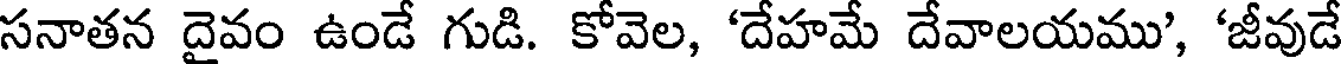
సనాతన దైవం ఉండే గుడి. కోవెల, 'దేహమే దేవాలయము', 'జీవుడే